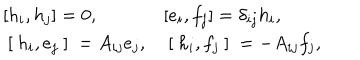
\begin{array} { l l } { { [ h _ { i } , h _ { j } ] = 0 , } } & { { [ e _ { i } , f _ { j } ] = \delta _ { i j } h _ { i } , } } \\ { { \mathrm { ~ [ ~ } h _ { i } , e _ { j } \mathrm { ~ ] ~ } = A _ { i j } e _ { j } , } } & { { \mathrm { ~ [ ~ } h _ { i } , f _ { j } \mathrm { ~ ] ~ } = - A _ { i j } f _ { j } , } } \\ \end{array}